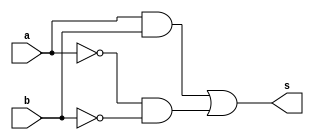

// Nome: Mateus Cunha da Silva 
// --------------------- 
// --------------------- 
// -- XNORgate
// ---------------------
module xnorGate ( output s,
 input a, input b);
 	assign s = (( a & b ) | ( (~a) & (~b)));
 endmodule // xnor
// --------------------- 
// -- test 
// --------------------- 
module exercicio;

	reg a, b;
	wire s;

xnorGate xnor1 ( s, a, b );
// ------ Preparaao
initial begin:start
	a=0;
	b=0;
end 

// ------------------------- parte principal 
initial begin:main
	$display("Exercicioo0007 - Mateus Cunha da Silva - 463624"); 
	$display("Tabela "); 
	$display("\n a ^ b = s\n"); 
	$monitor(" %b ^ %b = %b ", a, b, s);
	#1a=0; b=1;
	#1a=1; b=0;
	#1a=1; b=1;
end
endmodule//exercicio